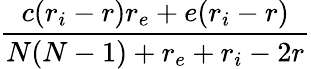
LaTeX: \frac{c(r_{i}-r)r_{e}+e(r_{i}-r)}{N(N-1)+r_{e}+r_{i}-2r}